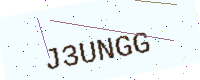
Text: J3UNGG